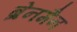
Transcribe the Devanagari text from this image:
ब्रेनमैन